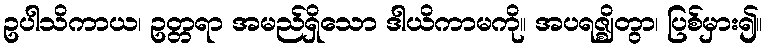
ဥပါသိကာယ၊ ဥတ္တရာ အမည်ရှိသော ဒါယိကာမကို။ အပရဇ္ဈိတွာ၊ ပြစ်မှား၍။